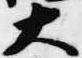
大